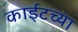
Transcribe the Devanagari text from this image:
काईटच्या